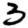
Digit: 3